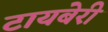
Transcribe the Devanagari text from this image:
टायबेरी